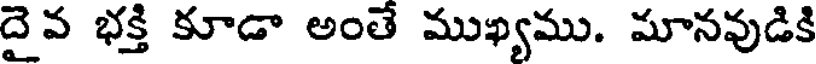
దైవ భక్తి కూడా అంతే ముఖ్యము. మానవుడికి